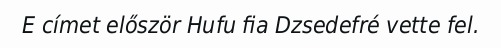
E címet először Hufu fia Dzsedefré vette fel.